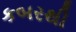
કબરથી